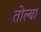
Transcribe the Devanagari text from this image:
तोल्बा